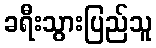
ခရီးသွားပြည်သူ